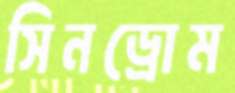
সিনড্রোম